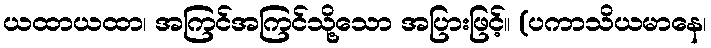
ယထာယထာ၊ အကြင်အကြင်သို့သော အပြားဖြင့်။ (ပကာသိယမာနေ၊